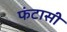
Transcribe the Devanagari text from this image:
फंटासी